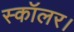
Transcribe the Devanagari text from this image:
स्कॉलर।